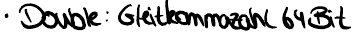
Double : Gleitkommazahl 64Bit